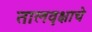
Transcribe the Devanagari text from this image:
तालवृक्षाचे